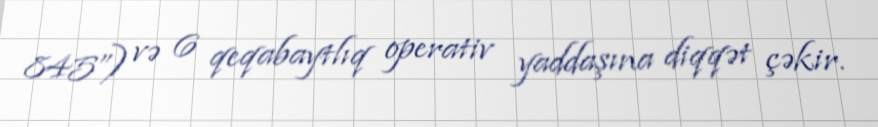
845”) və 6 qeqabaytlıq operativ yaddaşına diqqət çəkir.